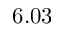
6 . 0 3